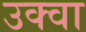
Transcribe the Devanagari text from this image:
उक्वा